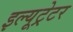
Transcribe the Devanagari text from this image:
इल्यूट्रेटर